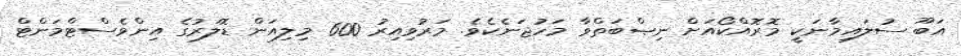
އަބޫ ސުލައިމާނަކީ މޮރޮއްކޯއަށް ނިޞްބަތްވާ މަހުޖަނެކެވެ. މަރުވިއިރު 600 މިލިއަން ޑޮލަރުގެ އިންވެސްޓްމަންޓް